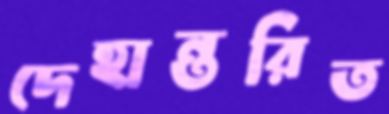
দেহান্তরিত